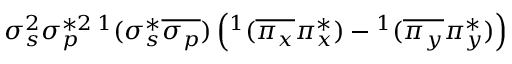
\sigma _ { s } ^ { 2 } \sigma _ { p } ^ { * 2 } { } \, ^ { 1 } ( \sigma _ { s } ^ { * } \overline { { \sigma _ { p } } } ) \left( ^ 1 ( \overline { { \pi _ { x } } } \pi _ { x } ^ { * } ) - { } ^ { 1 } ( \overline { { \pi _ { y } } } \pi _ { y } ^ { * } ) \right)